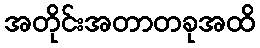
အတိုင်းအတာတခုအထိ